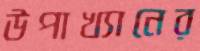
উপাখ্যানের